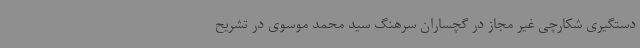
دستگیری شکارچی غیر مجاز در گچساران سرهنگ سید محمد موسوی در تشریح